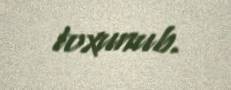
toxunub.